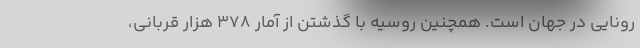
رونایی در جهان است. همچنین روسیه با گذشتن از آمار ۳۷۸ هزار قربانی،